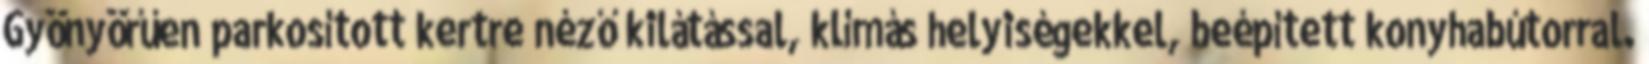
Gyönyörűen parkosított kertre néző kilátással, klímás helyiségekkel, beépített konyhabútorral.